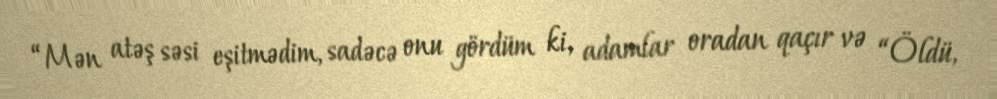
“Mən atəş səsi eşitmədim, sadəcə onu gördüm ki, adamlar oradan qaçır və “Öldü,